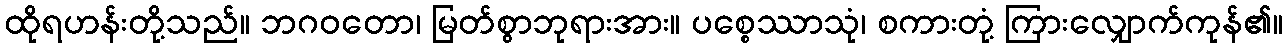
ထိုရဟန်းတို့သည်။ ဘဂဝတော၊ မြတ်စွာဘုရားအား။ ပစ္စေဿာသုံ၊ စကားတုံ့ ကြားလျှောက်ကုန်၏။